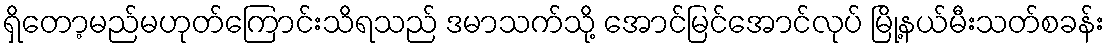
ရှိတော့မည်မဟုတ်ကြောင်းသိရသည် ဒမာသက်သို့ အောင်မြင်အောင်လုပ် မြို့နယ်မီးသတ်စခန်း